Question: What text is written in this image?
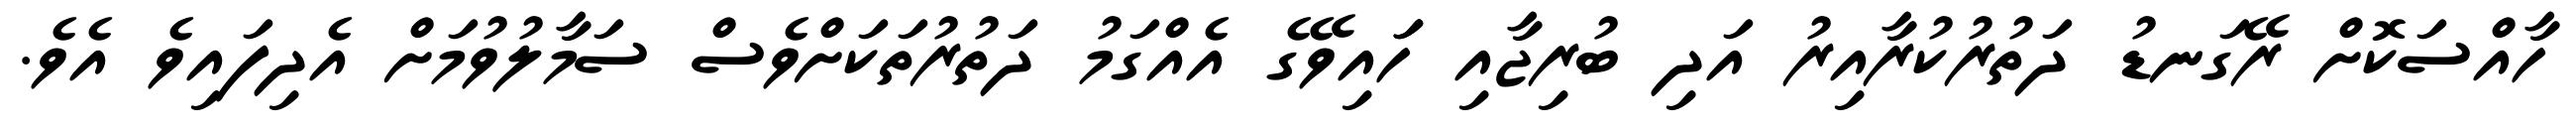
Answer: ހާއްސަކޮށް ރޭގަނޑު ދަތުރުކުރާއިރު އަދި ބުރިޖާއި ހަައިވޭގެ އެއްގަމު ދަތުރުތަކަށްވެސް ސަމާލުވުމަށް އެދިފައިވެ އެވެ.